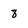
Character: 8